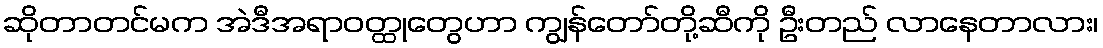
ဆိုတာတင်မက အဲဒီအရာဝတ္ထုတွေဟာ ကျွန်တော်တို့ဆီကို ဦးတည် လာနေတာလား၊